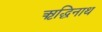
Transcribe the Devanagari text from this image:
ऋद्धिनाथ